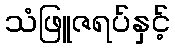
သံဖြူဇရပ်နှင့်